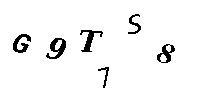
G9T7S8